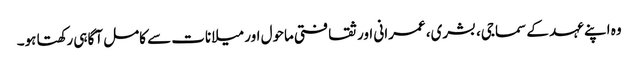
وہ اپنے عہد کے سماجی، بشری، عمرانی اور ثقافتی ماحول اور میلانات سے کامل آگاہی رکھتا ہو۔